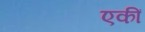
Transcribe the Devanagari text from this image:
एकीं